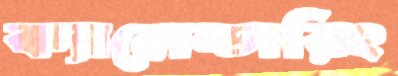
ক্যালেন্ডারিং